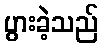
ပွားခဲ့သည်